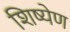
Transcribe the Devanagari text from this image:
शिष्येण